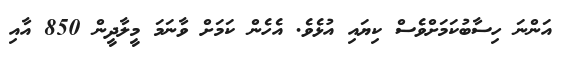
އަންނަ ހިސާބުކަމަށްވެސް ކިޔައި އުޅެވެ. އެހެން ކަމަށް ވާނަމަ މީލާދީން 850 އާއި